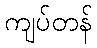
ကျပ်တန်